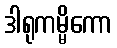
ဒါရုကမ္မိကော